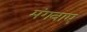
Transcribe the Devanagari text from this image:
मंगवाए